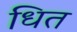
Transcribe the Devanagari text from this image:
धित